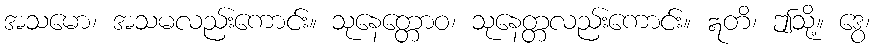
အသမော၊ အသမလည်းကောင်း။ သုနေတ္တောဝ၊ သုနေတ္တလည်းကောင်း။ ဣတိ၊ ဤသို့။ ဒွေ၊